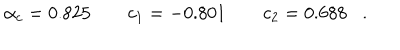
LaTeX: \alpha _ { c } = 0 . 8 2 5 \quad \quad c _ { 1 } = - 0 . 8 0 1 \quad \quad c _ { 2 } = 0 . 6 8 8 .